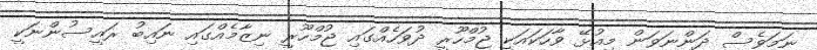
ނަމަވެސް ދަންނަވަން މިއުޅޭ ވާހަކައަކީ ޖުމްހޫރީ ދުވަހެއްގައި ޖުމްހޫރީ ނިޒާމެއްގައި ނައިބު ރައީސުންނަކީ